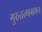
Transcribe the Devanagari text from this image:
गुरुतल्पगमन